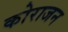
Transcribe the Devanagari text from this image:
कोराजन